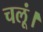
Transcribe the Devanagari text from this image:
चलूं।